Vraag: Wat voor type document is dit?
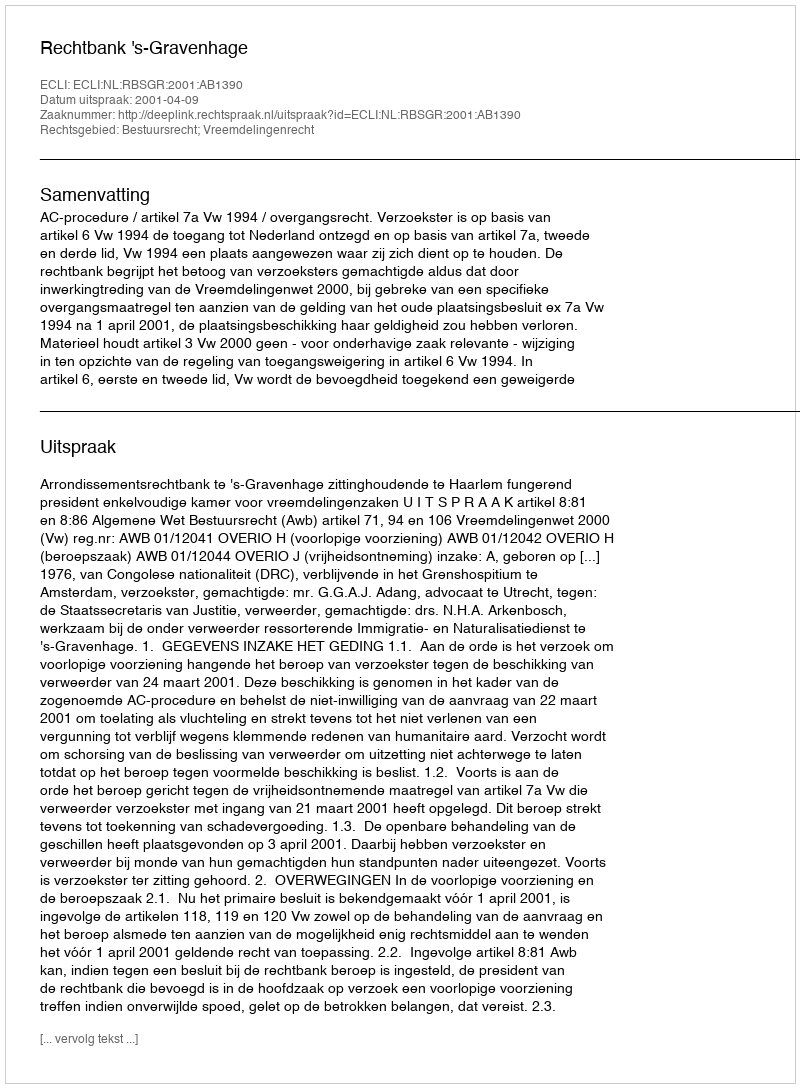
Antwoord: Uitspraak